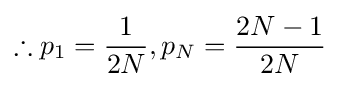
\therefore p_{1}={\frac {1}{2N}},p_{N}={\frac {2N-1}{2N}}